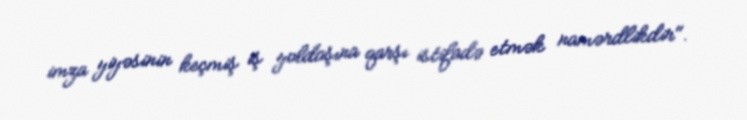
imza yiyəsinin keçmiş iş yoldaşına qarşı istifadə etmək namərdlikdir".